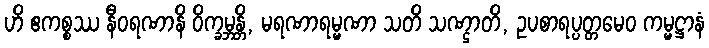
ဟိ ဧကစ္စဿ နီဝရဏာနိ ဝိက္ခမ္ဘန္တိ, မရဏာရမ္မဏာ သတိ သဏ္ဌာတိ, ဥပစာရပ္ပတ္တမေဝ ကမ္မဋ္ဌာနံ